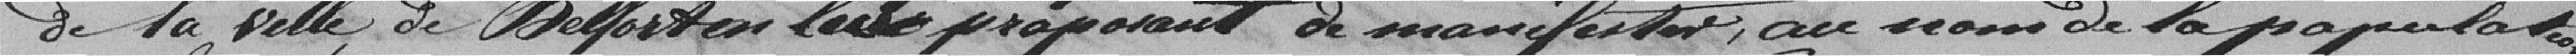
De la ville de Belforten leite proposant de manifestar, au cours de la